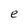
Character: e